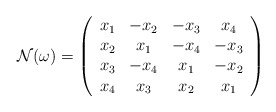
\begin{align*}\mathcal{N}(\omega)=\left( \begin{array}{cccc} x_1 & -x_2 & -x_3 & x_4 \\ x_2 & x_1 & -x_4 & -x_3 \\ x_3 & -x_4 & x_1 & -x_2 \\ x_4 & x_3 & x_2 & x_1 \\ \end{array} \right)\end{align*}